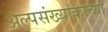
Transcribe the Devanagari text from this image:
अल्पसंख्यांकाच्या